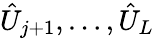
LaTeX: \hat{U}_{j+1},\dotsc,\hat{U}_{L}